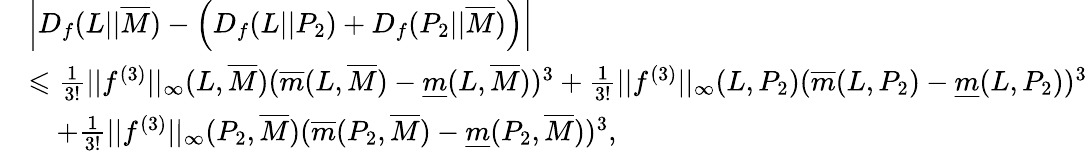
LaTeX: \begin{array}{rl}&{\left|D_{f}(L||\overline{{M}})-\left(D_{f}(L||P_{2})+D_{f}(P_{2}||\overline{{M}})\right)\right|}\\ &{\leqslant\frac{1}{3!}||f^{(3)}||_{\infty}(L,\overline{{M}})(\overline{{m}}(L,\overline{{M}})-\underline{{m}}(L,\overline{{M}}))^{3}+\frac{1}{3!}||f^{(3)}||_{\infty}(L,P_{2})(\overline{{m}}(L,P_{2})-\underline{{m}}(L,P_{2}))^{3}}\\ &{\quad+\frac{1}{3!}||f^{(3)}||_{\infty}(P_{2},\overline{{M}})(\overline{{m}}(P_{2},\overline{{M}})-\underline{{m}}(P_{2},\overline{{M}}))^{3},}\end{array}